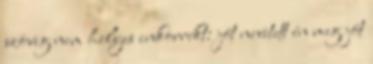
szöveg nem helyes inkorrekt: jót nevetett én meg jót